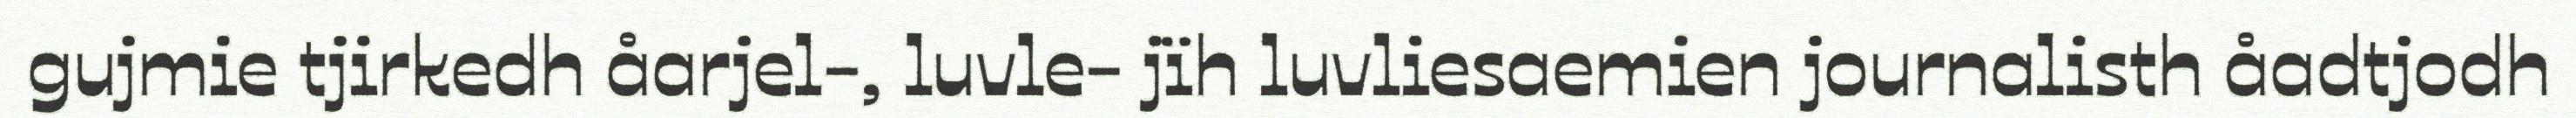
gujmie tjirkedh åarjel-, luvle- jïh luvliesaemien journalisth åadtjodh